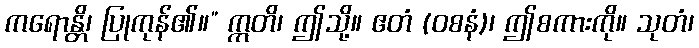
ကရောန္တိ၊ ပြုကုန်၏။” ဣတိ၊ ဤသို့။ ဧတံ (ဝစနံ)၊ ဤစကားကို။ သုတံ၊